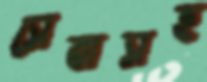
সেবাসহ